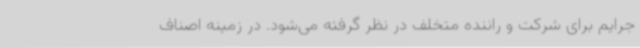
جرایم برای شرکت و راننده متخلف در نظر گرفته می‌شود. در زمینه اصناف